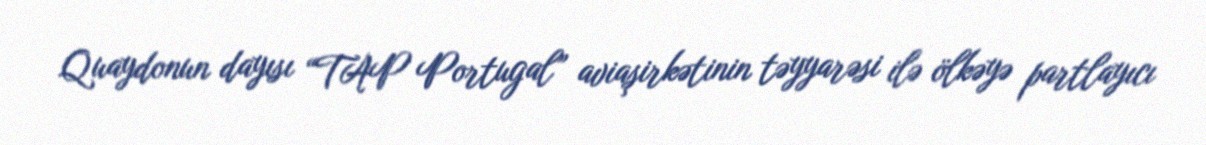
Quaydonun dayısı “TAP Portugal” aviaşirkətinin təyyarəsi ilə ölkəyə partlayıcı